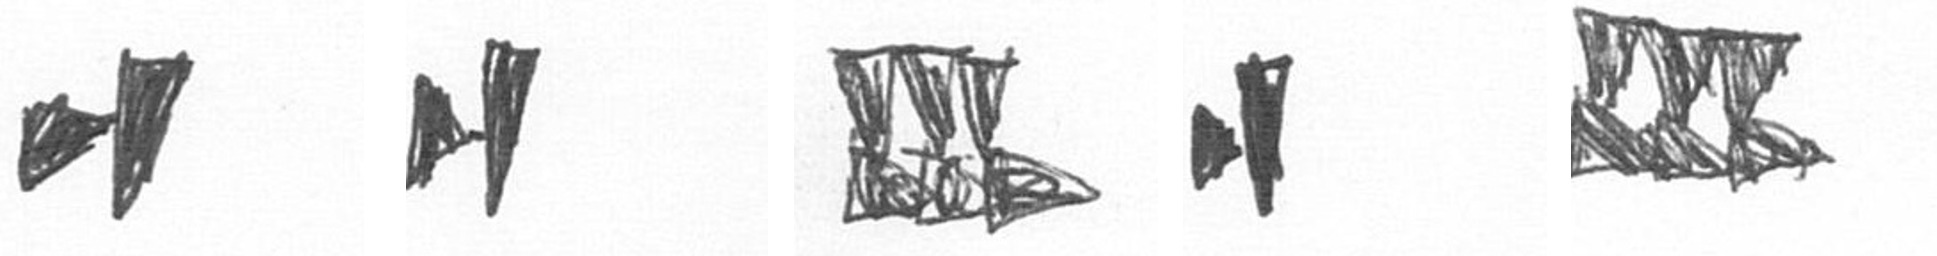
M M D M D